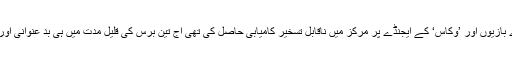
عجیب بات ہے کہ جس پارٹی نے بدعنوانی کیخلاف نعرے بازیوں اور ’وکاس‘ کے ایجنڈے پر مرکز میں ناقابل تسخیر کامیابی حاصل کی تھی آج تین برس کی قلیل مدت میں ہی بد عنوانی اور وکاس جیسے ایشوز اس کے ہاتھوں سے نکل چکے ہیں ۔